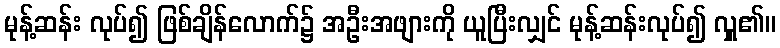
မုန့်ဆန်း လုပ်၍ ဖြစ်ချိန်လောက်၌ အဦးအဖျားကို ယူပြီးလျှင် မုန့်ဆန်းလုပ်၍ လှူ၏။